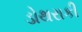
ડોથરાકી